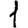
Digit: 1